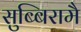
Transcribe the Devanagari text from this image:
सुब्बिरामै